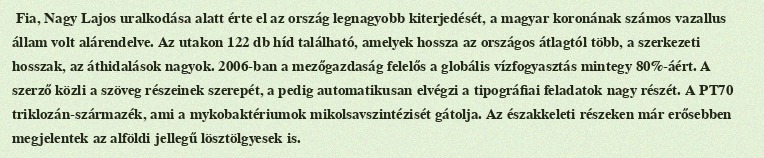
Fia, Nagy Lajos uralkodása alatt érte el az ország legnagyobb kiterjedését, a magyar koronának számos vazallus állam volt alárendelve. Az utakon 122 db híd található, amelyek hossza az országos átlagtól több, a szerkezeti hosszak, az áthidalások nagyok. 2006-ban a mezőgazdaság felelős a globális vízfogyasztás mintegy 80%-áért. A szerző közli a szöveg részeinek szerepét, a pedig automatikusan elvégzi a tipográfiai feladatok nagy részét. A PT70 triklozán-származék, ami a mykobaktériumok mikolsavszintézisét gátolja. Az északkeleti részeken már erősebben megjelentek az alföldi jellegű lösztölgyesek is.